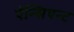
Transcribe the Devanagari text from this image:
ऐन्सिएन्ट